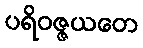
ပရိဝဇ္ဇယတေ